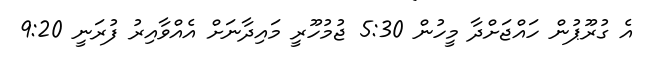
އެ ގުރޫޕުން ހައްޖަށްދާ މީހުން 5:30 ޖުމުހޫރީ މައިދާނަށް އެއްވާއިރު ފުރަނީ 9:20